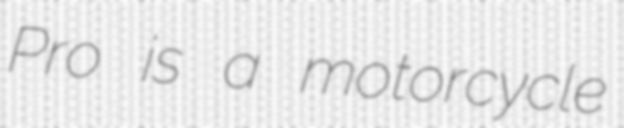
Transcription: Pro is a motorcycle